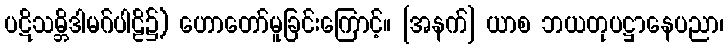
ပဋိသမ္ဘိဒါမဂ်ပါဠိ၌) ဟောတော်မူခြင်းကြောင့်။ [အနက်] ယာစ ဘယတုပဋ္ဌာနေပညာ၊